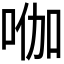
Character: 𭇿